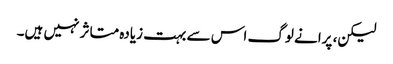
لیکن، پرانے لوگ اس سے بہت زیادہ متاثر نہیں ہیں۔